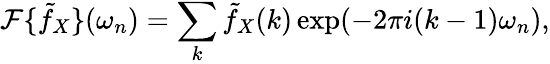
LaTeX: \mathcal F\{ \tilde{f}_{X}\} (\omega_{n})=\sum_{k}\tilde{f}_{X}(k)\exp(-2\pi i(k-1)\omega_{n}),